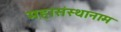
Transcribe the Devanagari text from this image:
महासंस्थानाम